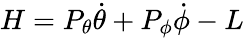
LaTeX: H=P_{\theta}{\dot{\theta}}+P_{\phi}{\dot{\phi}}-L